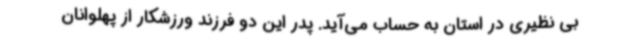
بی نظیری در استان به حساب می‌آید. پدر این دو فرزند ورزشکار از پهلوانان